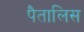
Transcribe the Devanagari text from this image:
पैतालिस